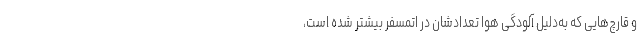
و قارچ‌هایی که به‌دلیل آلودگی هوا تعدادشان در اتمسفر بیشتر شده‌ است،